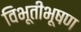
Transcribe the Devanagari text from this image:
विभूतीभूषण